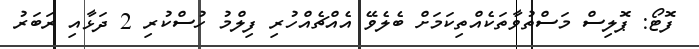
ފޮޓޯ: ޕޮލިސް މަސްތުވާތަކެއްތިކަމަށް ބެލެވޭ އެއްޗެއްހުރި ފިލްމު ހުސްކުރި 2 ދަޅާއި ރަބަރު